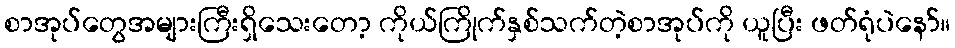
စာအုပ်တွေအများကြီးရှိသေးတော့ ကိုယ်ကြိုက်နှစ်သက်တဲ့စာအုပ်ကို ယူပြီး ဖတ်ရုံပဲနော်။